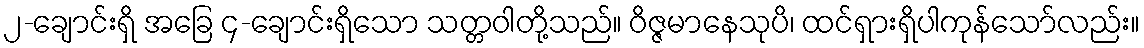
၂-ချောင်းရှိ အခြေ ၄-ချောင်းရှိသော သတ္တဝါတို့သည်။ ဝိဇ္ဇမာနေသုပိ၊ ထင်ရှားရှိပါကုန်သော်လည်း။